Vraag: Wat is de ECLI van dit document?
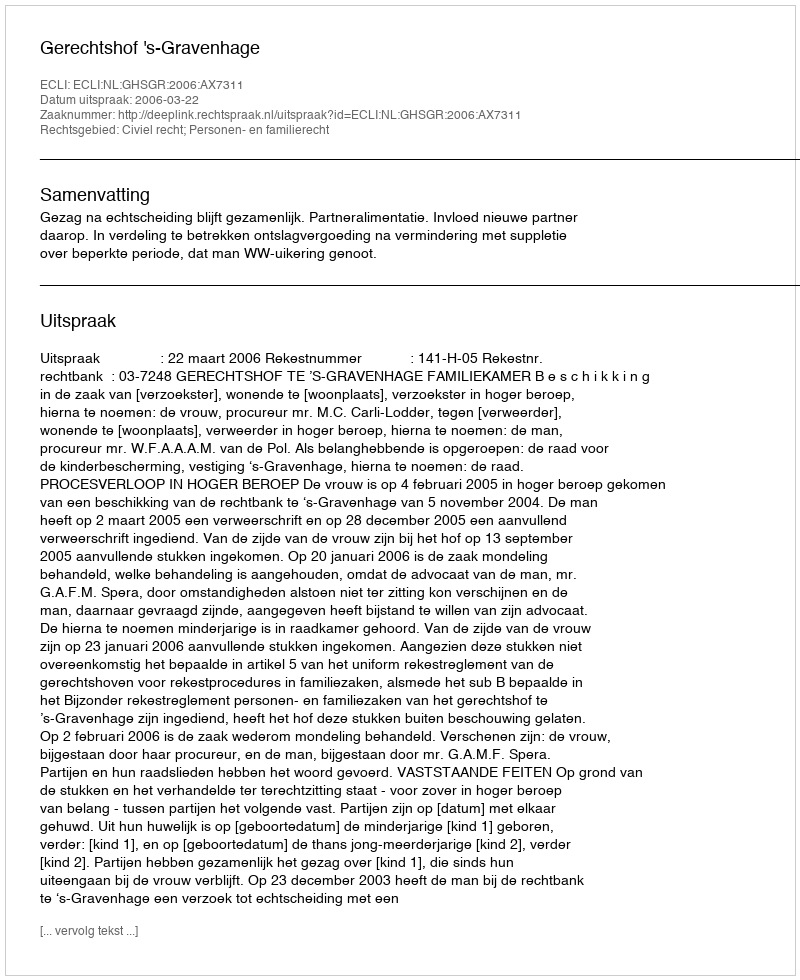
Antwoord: ECLI:NL:GHSGR:2006:AX7311